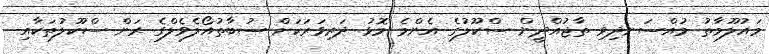
މައުލޫމާތު މުއްސަނދިވި ތާޖުއްދީން ސްކޫލުގެ އެންމެ މޮޅު ދަރިވަރަކަށް ސުބާތުއޯލެވެލްގެ ރަން ސްކޫލުތަކާއި